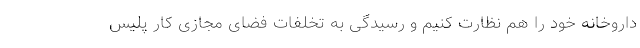
داروخانه خود را هم نظارت کنیم و رسیدگی به تخلفات فضای مجازی کار پلیس